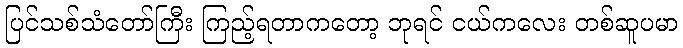
ပြင်သစ်သံတော်ကြီး ကြည့်ရတာကတော့ ဘုရင် ငယ်ကလေး တစ်ဆူပမာ